Document type: Sale
Year: 1423
Scribe: Joan Franc
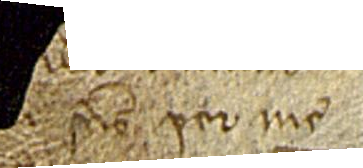
[...] per me